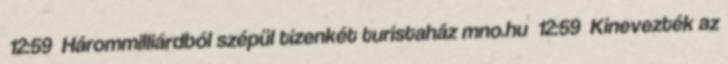
12:59 Hárommilliárdból szépül tizenkét turistaház mno.hu 12:59 Kinevezték az